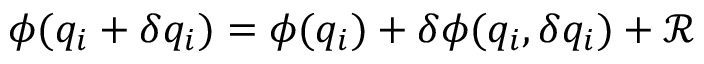
\phi ( q _ { i } + \delta q _ { i } ) = \phi ( q _ { i } ) + \delta \phi ( q _ { i } , \delta q _ { i } ) + \mathcal { R }